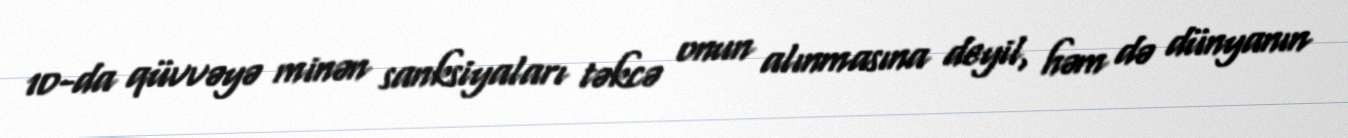
10-da qüvvəyə minən sanksiyaları təkcə onun alınmasına deyil, həm də dünyanın